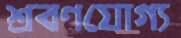
শ্রবণযোগ্য